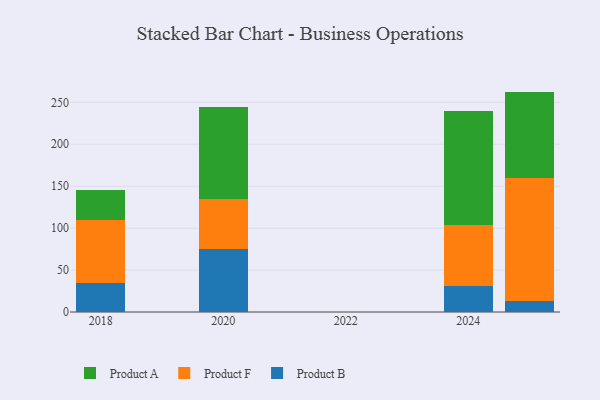
{"axis": {"x": "Year", "y": "Humidity (%)"}, "legend": ["Product A", "Product B", "Product F"], "data": [{"x": "2020", "y": 74.6, "type": "Product B"}, {"x": "2020", "y": 59.8, "type": "Product F"}, {"x": "2020", "y": 110.4, "type": "Product A"}, {"x": "2025", "y": 12.7, "type": "Product B"}, {"x": "2025", "y": 147.6, "type": "Product F"}, {"x": "2025", "y": 102.5, "type": "Product A"}, {"x": "2018", "y": 34.3, "type": "Product B"}, {"x": "2018", "y": 75.3, "type": "Product F"}, {"x": "2018", "y": 35.9, "type": "Product A"}, {"x": "2024", "y": 31.3, "type": "Product B"}, {"x": "2024", "y": 72.7, "type": "Product F"}, {"x": "2024", "y": 135.3, "type": "Product A"}]}